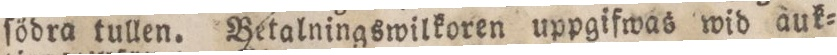
ſödra tullen. Betalningswilkoren uppgifwas wid auk=